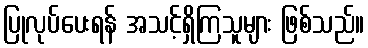
ပြုလုပ်ပေးရန် အသင့်ရှိကြသူများ ဖြစ်သည်။